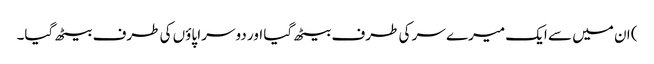
) ان میں سے ایک میرے سر کی طرف بیٹھ گیا اور دوسرا پاؤں کی طرف بیٹھ گیا۔